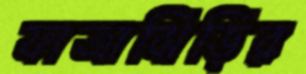
ফাত্রাঝিড়ির